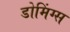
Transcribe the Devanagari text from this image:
डोमिंग्स